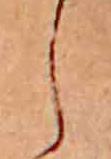
し